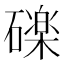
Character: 䃯